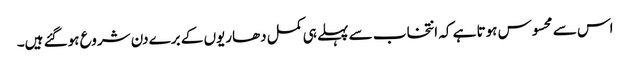
اس سے محسوس ہوتا ہے کہ انتخاب سے پہلے ہی کمل دھاریوں کے برے دن شروع ہوگئے ہیں۔